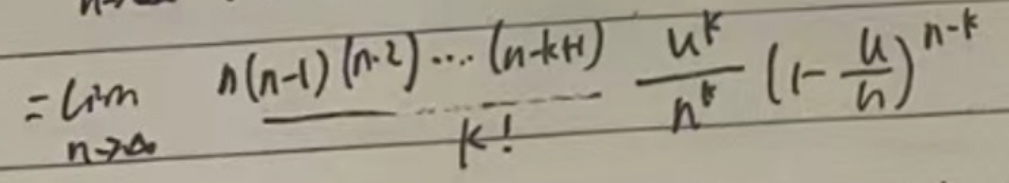
\[
=\lim_{n\rightarrow\infty}\frac{n(n - 1)(n - 2)\cdots(n - k+1)}{k!}\frac{\mu^{k}}{n^{k}}(1-\frac{\mu}{n})^{n - k}
\]